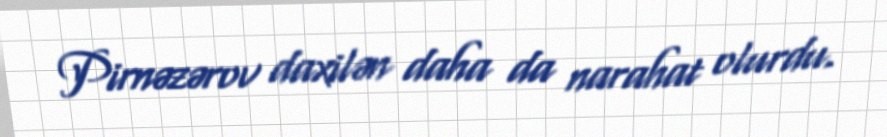
Pirnəzərov daxilən daha da narahat olurdu.